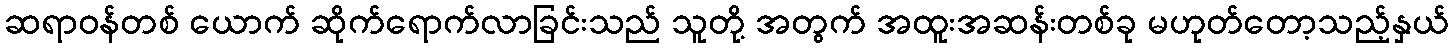
ဆရာဝန်တစ် ယောက် ဆိုက်ရောက်လာခြင်းသည် သူတို့ အတွက် အထူးအဆန်းတစ်ခု မဟုတ်တော့သည့်နှယ်